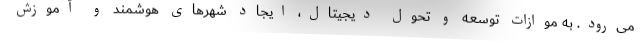
می‌رود. به موازات توسعه و تحول دیجیتال، ایجاد شهرهای هوشمند و آموزش